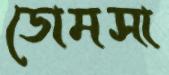
ডোমসা